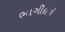
ભાગીદારો